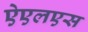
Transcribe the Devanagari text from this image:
ऐएलएस